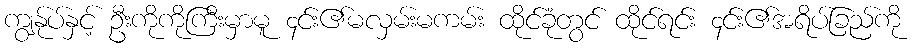
ကျွန်ုပ်နှင့် ဦးကိုကိုကြီးမှာမူ ၄င်း၏မလှမ်းမကမ်း ထိုင်ခုံတွင် ထိုင်ရင်း ၄င်း၏အရိပ်ခြည်ကို